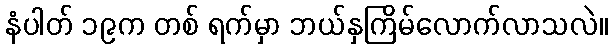
နံပါတ် ၁၉က တစ် ရက်မှာ ဘယ်နှကြိမ်လောက်လာသလဲ။